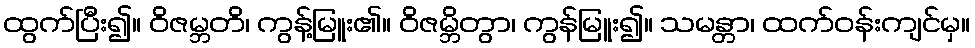
ထွက်ပြီး၍။ ဝိဇမ္ဘတိ၊ ကွန့်မြူး၏။ ဝိဇမ္ဘိတွာ၊ ကွန်မြူး၍။ သမန္တာ၊ ထက်ဝန်းကျင်မှ။